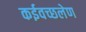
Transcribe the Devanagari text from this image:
कईवच्छलेण